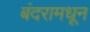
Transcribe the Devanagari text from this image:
बंदरामधून